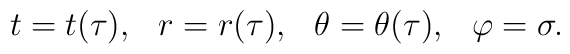
t = t(\tau) , \hspace{0.3cm} r = r(\tau), \hspace{0.3cm} \theta = \theta(\tau),\hspace{0.3cm} \varphi = \sigma   .